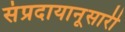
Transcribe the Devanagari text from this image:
संप्रदायानूसारी